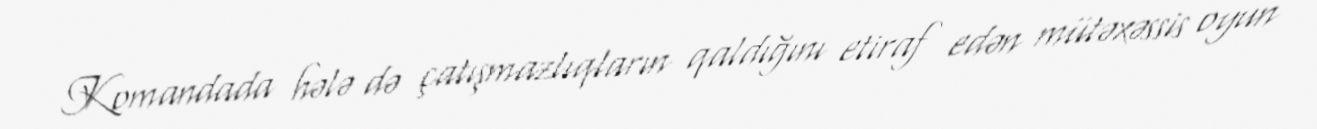
Komandada hələ də çatışmazlıqların qaldığını etiraf edən mütəxəssis oyun